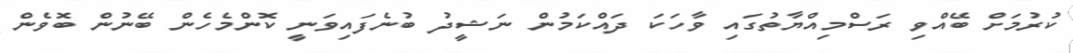
ކުރުމަށް ބޭއްވި ރަސްމިއްޔާތުގައި ވާހަކަ ދައްކަމުން ނަޝީދު ބުނެފައިވަނީ ކޮންމެހެން ބޭނުން ބޮވެން